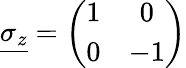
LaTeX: \underline{{{\sigma_{z}}}}=\left(\begin{array}{cc}{{1}}&{{0}}\\ {{0}}&{{-1}}\end{array}\right)